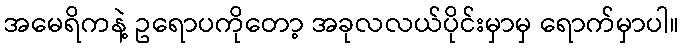
အမေရိကနဲ့ ဥရောပကိုတော့ အခုလလယ်ပိုင်းမှာမှ ရောက်မှာပါ။